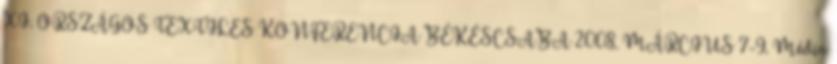
XI. ORSZÁGOS TEXTILES KONFERENCIA BÉKÉSCSABA 2008. MÁRCIUS 7-9. Média